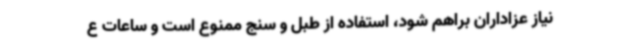
نیاز عزاداران براهم شود، استفاده از طبل و سنج ممنوع است و ساعات ع